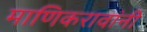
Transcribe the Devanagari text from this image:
माणिकरावांनी